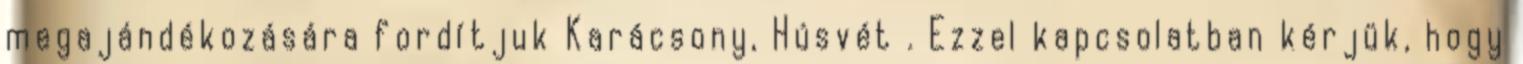
megajándékozására fordítjuk Karácsony, Húsvét . Ezzel kapcsolatban kérjük, hogy